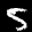
Label: 5